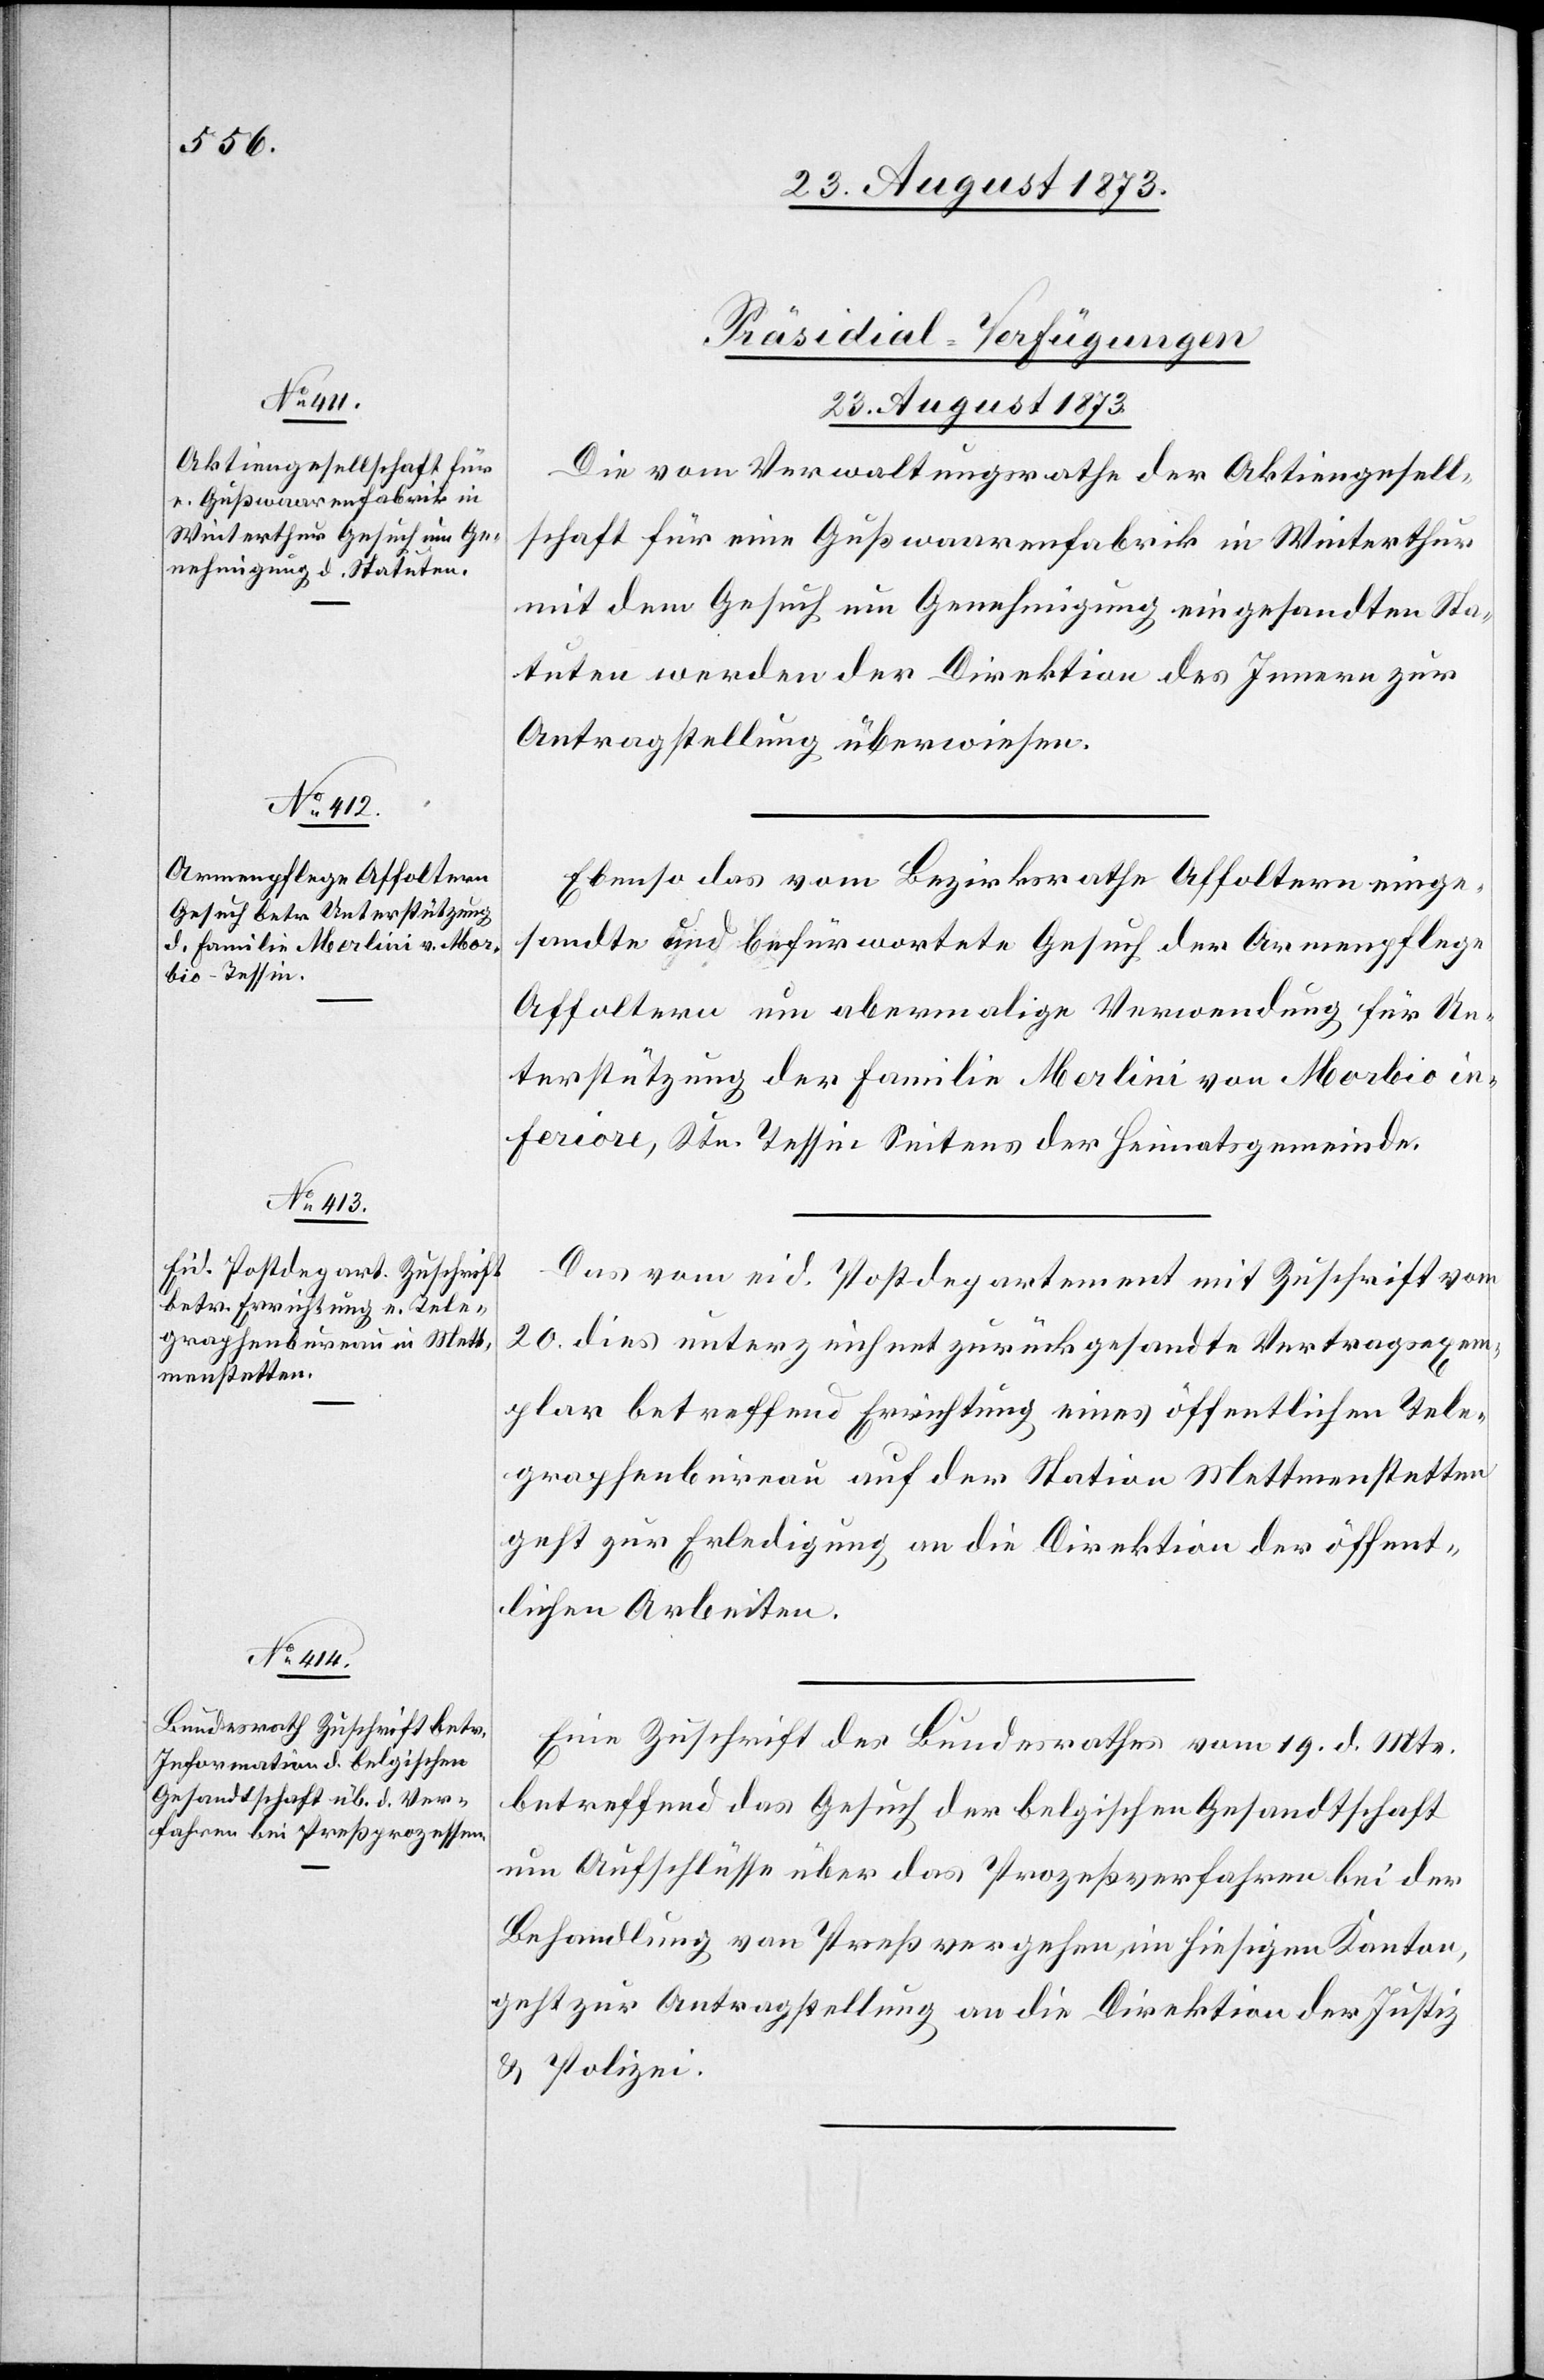
[Präsidial-Verfügungen
23. August 1873.]
Die vom Verwaltungsrathe der Aktiengesell¬
schaft für eine Gußwaarenfabrik in Winterthur
mit dem Gesuch um Genehmigung eingesandten Sta¬
tuten werden der Direktion des Innern zur
Antragstellung überwiesen.
Ebenso das vom Bezirksrathe Affoltern einge¬
sandte und befürwortete Gesuch der Armenpflege
Affoltern um abermalige Verwendung für Un¬
terstützung der Familie Merlini von Morbio in¬
feriore, Ktn. Tessin Seitens der Heimatsgemeinde.
Das vom eid. Postdepartement mit Zuschrift vom
20. dies unterzeichnet zurückgesandte Vertragsexem¬
plar betreffend Errichtung eines öffentlichen Tele¬
graphenbureau auf der Station Mettmenstetten
geht zur Erledigung an die Direktion der öffent¬
lichen Arbeiten.
Eine Zuschrift des Bundesrathes vom 19. d. Mts.
betreffend das Gesuch der belgischen Gesandtschaft
um Aufschlüsse über das Prozeßverfahren bei der
Behandlung von Preßvergehen im hiesigen Kanton,
geht zur Antragstellung an die Direktion der Justiz
& Polizei.